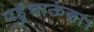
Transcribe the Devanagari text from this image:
पहुंचाऊंगा।